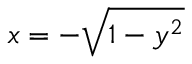
x = - { \sqrt { 1 - y ^ { 2 } } }